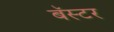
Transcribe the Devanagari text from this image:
बॅस्टर